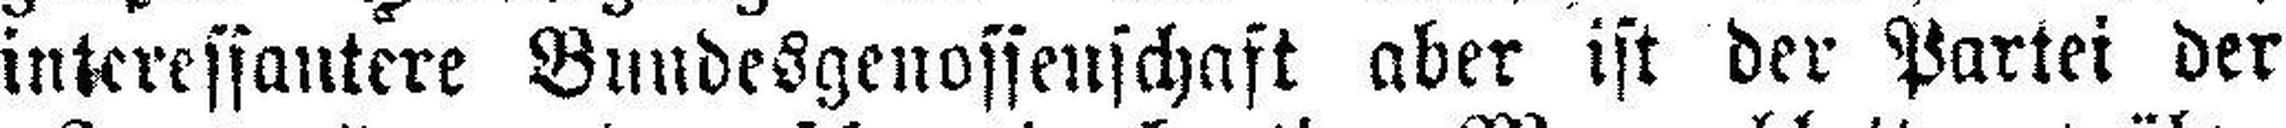
interessantere Bundesgenossenschaft aber ist der Partei der